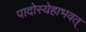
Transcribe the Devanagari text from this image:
पादोस्येहाभवत्